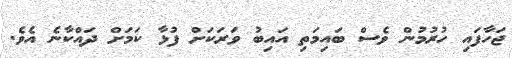
ޖަހާފައި ހުރުމުން ވެސް ބައިމަތި އައިބު ވަރަކަށް ފުޅާ ކަމަށް ދައްކާނެ އެވެ.